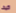
كيف